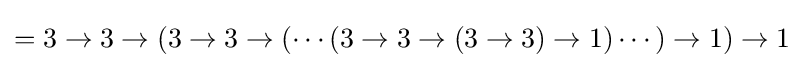
=3\rightarrow 3\rightarrow (3\rightarrow 3\rightarrow (\cdots (3\rightarrow 3\rightarrow (3\rightarrow 3)\rightarrow 1)\cdots )\rightarrow 1)\rightarrow 1